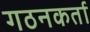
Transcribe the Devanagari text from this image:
गठनकर्ता